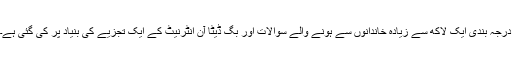
درجہ بندی ایک لاکھ سے زیادہ خاندانوں سے ہونے والے سوالات اور بگ ڈیٹا آن انٹرنیٹ کے ایک تجزیے کی بنیاد پر کی گئی ہے۔